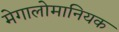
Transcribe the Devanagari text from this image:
मेगालोमानियक